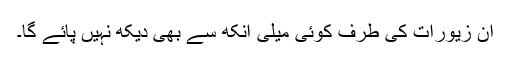
ان زیورات کی طرف کوئی میلی آنکھ سے بھی دیکھ نہیں پائے گا۔